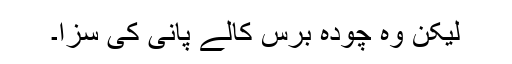
لیکن وہ چودہ برس کالے پانی کی سزا۔